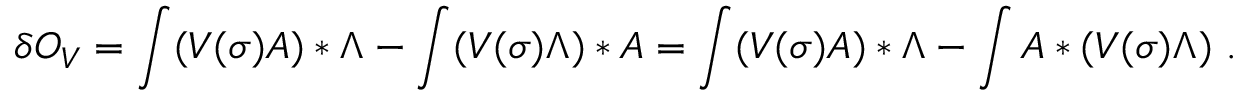
\delta O _ { V } = \int ( V ( \sigma ) A ) * \Lambda - \int ( V ( \sigma ) \Lambda ) * A = \int ( V ( \sigma ) A ) * \Lambda - \int A * ( V ( \sigma ) \Lambda ) \ .